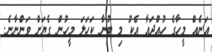
އަނެއް މީހާގެ ހުއްދައާ އެކު މި ބުނާ ކަހަލަ މީހުން ގެޔަށް ވަންނާނެ.